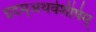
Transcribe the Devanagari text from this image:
इदम्‌अथर्वशीर्षम्‌